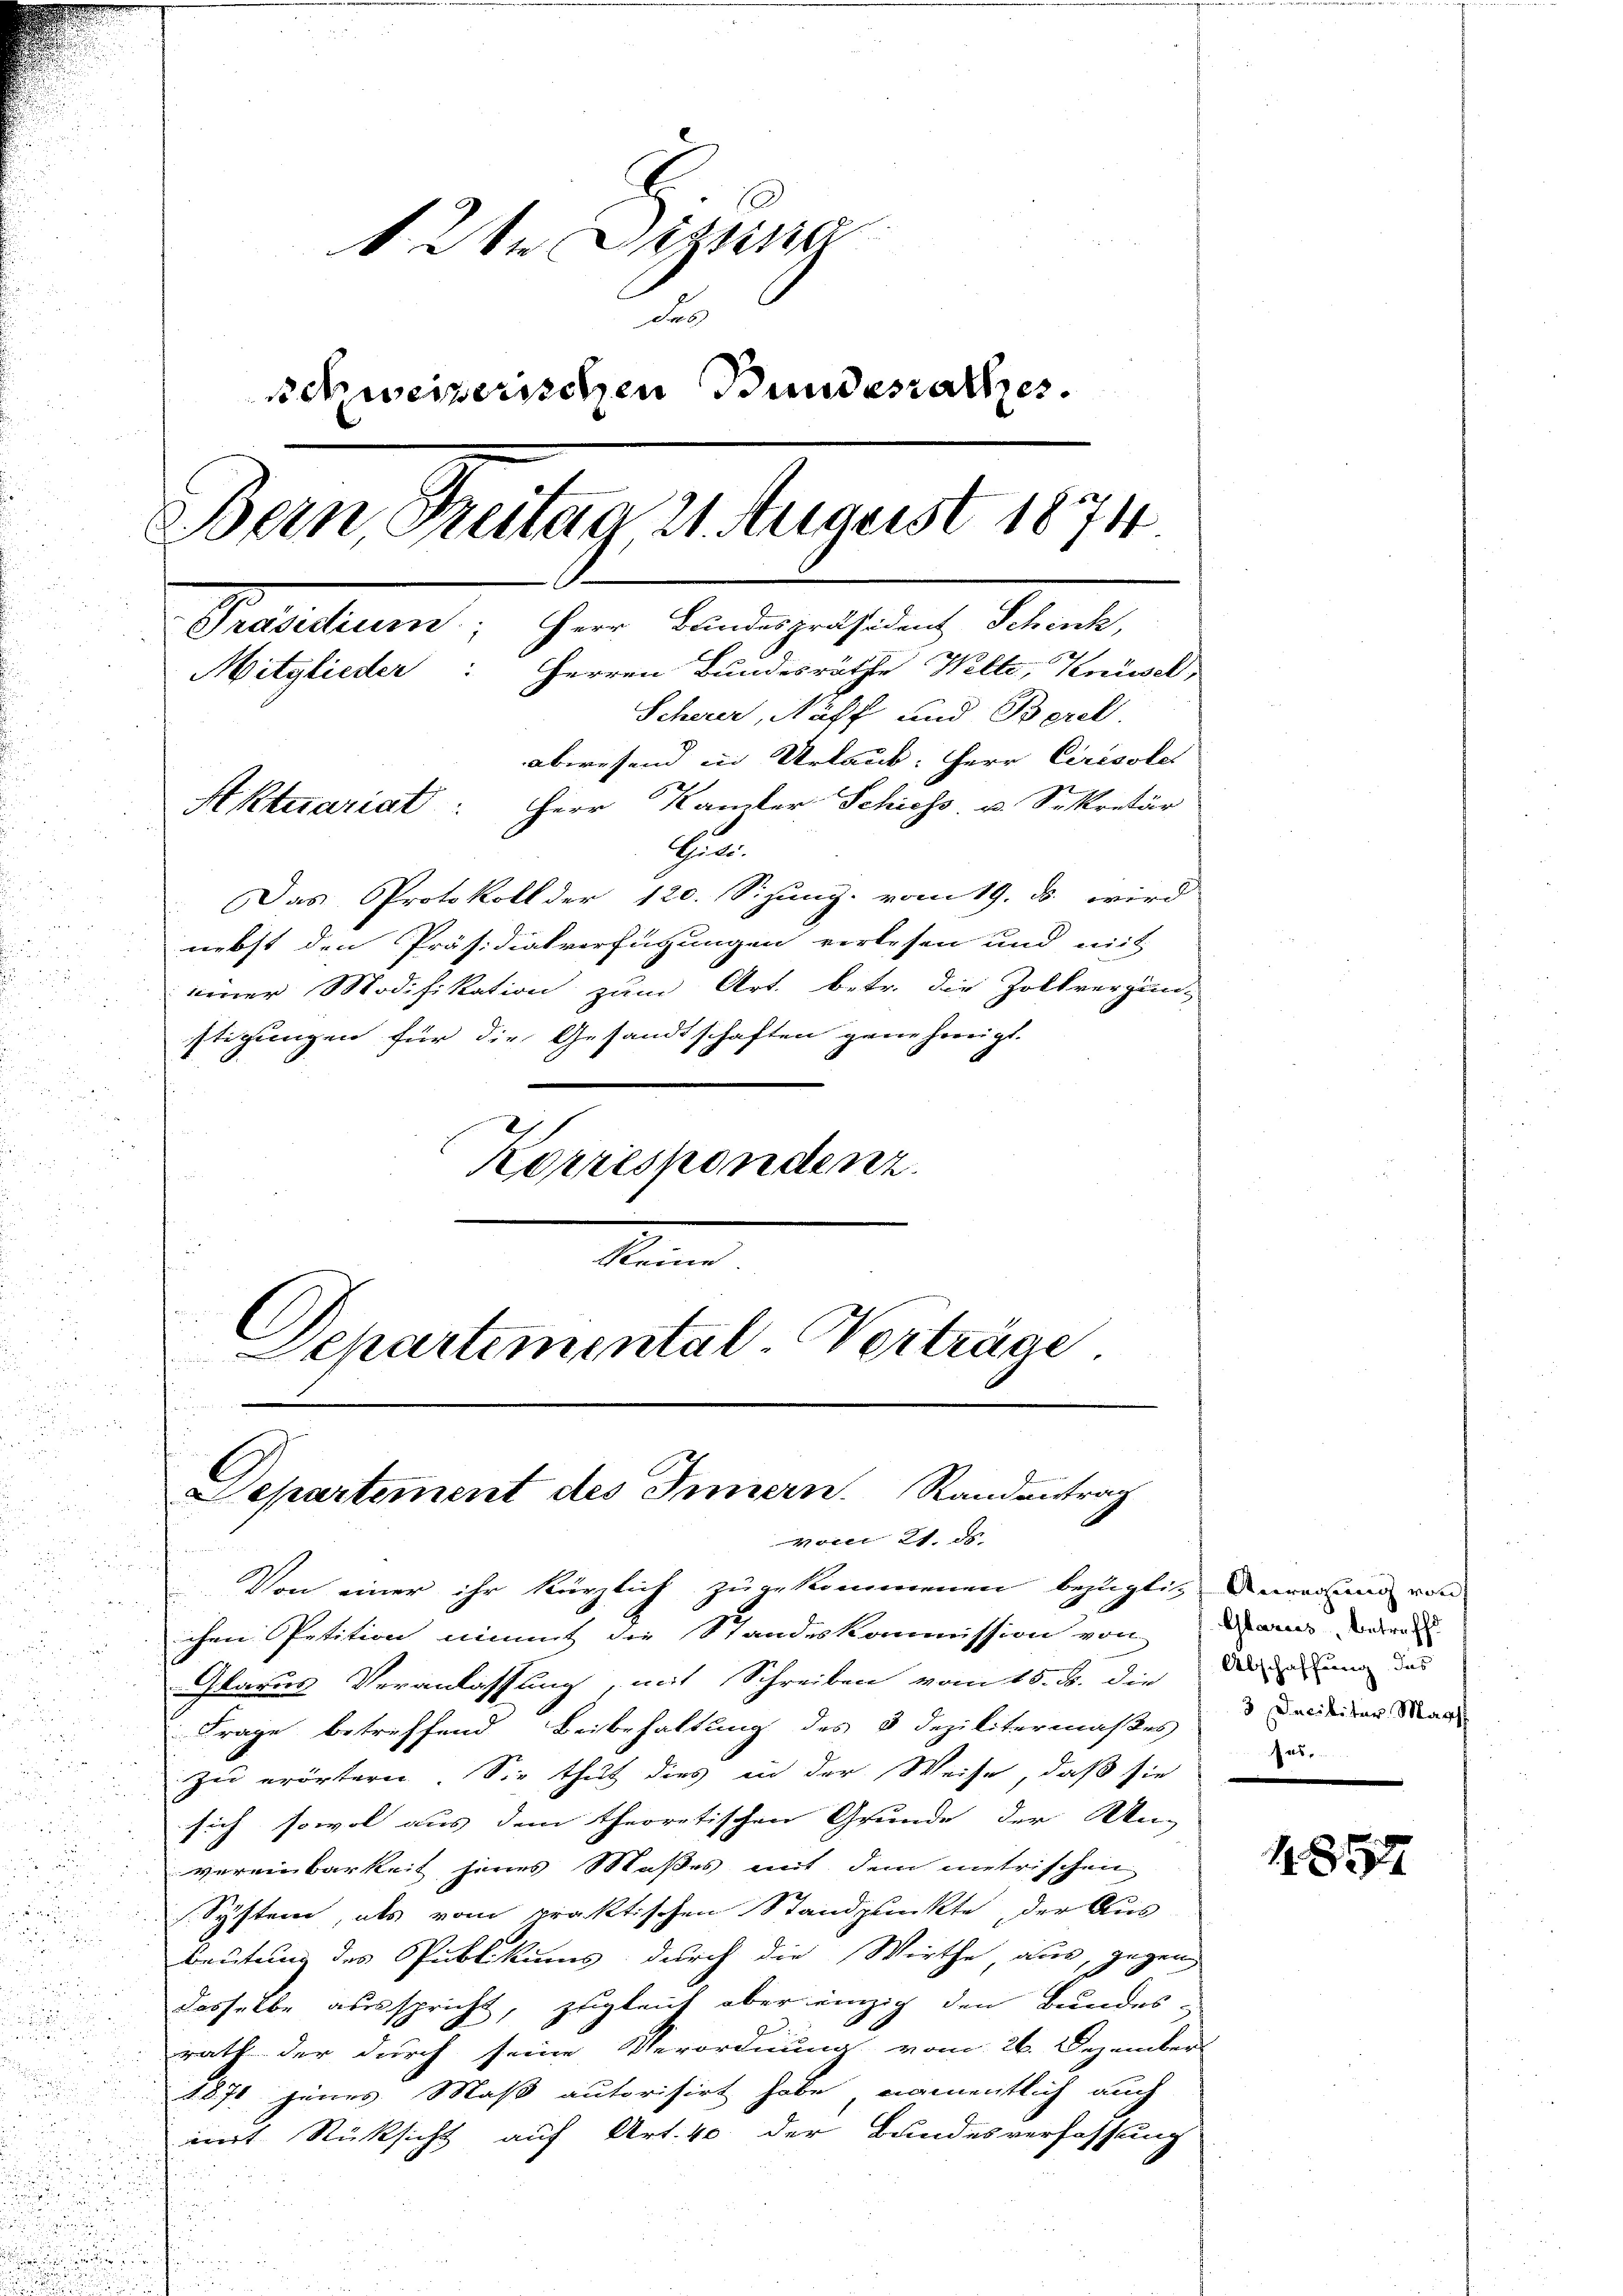
i
u
u

n

12te Signa
Fes
schweizerischen Bundesrathes.
Dein Treitag 21 August 1874
Praesidium, ihrer Landespräsident Schach,
Mitglieder: Herren Bundesräthe Welte, Knüsel,
Scherer, Näff und Berel.
abwesend in Urlaub. Herr Ceresole
Aktuariat: Herr Kamber Schiess u. Sekretär

Ein
Das Protokoll der 120. Sizung vom 19. ds. wird
nebst den Präsidialverfügungen verlesen und mit
einer Modifikation zum Art. betr. die Zollvergün-
stigungen für die Gesandtschaften genehmigt.
2/
Korrespondenz.

C
Departemental-Verträge.

Departement des Innern. Randantrag
vom 21. ds.

Von einer ihr kürzlich zugekommenen bezügli, Deinerung von
ichen Spetition nimmt die Standeskommission von Paris ware
Glarus Veranlassung, mit Schreiben vom 15. d. die
Frage betreffend Beibehaltung des 3 Dezilitermaßes Forderen Mand
zu erörtern. Sie thut dies in der Weise, daß sie
sich sowol aus dem theoretischen Grunde der Ung
vereinbarkeit jenes Maßes mit dem metrischen
System, als vom praktischen Standplückte, der Ausbeutung des Publikums durch die Wirthe, aus, gegen
dasselbe ausspricht, zugleich aber einzig den Bundes-
rath der durch seine Verordnung vom 26. Dezember
1870 jenes Maß autorisirt habe, namentlich auch
mit Rücksicht auf Art. 40 der Bundesverfassung

Abschaffung das
as

1854